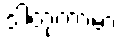
ဒါတုကာမာ